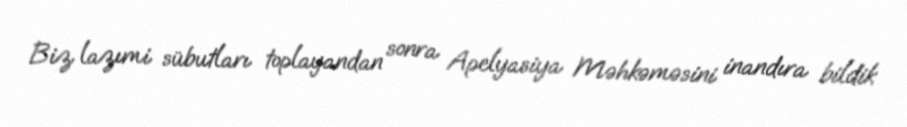
Biz lazımi sübutları toplayandan sonra Apelyasiya Məhkəməsini inandıra bildik